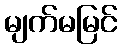
မျက်မမြင်